Annual administration report of the Civil Veterinary Department of India - 1898-1899
Year: 1898
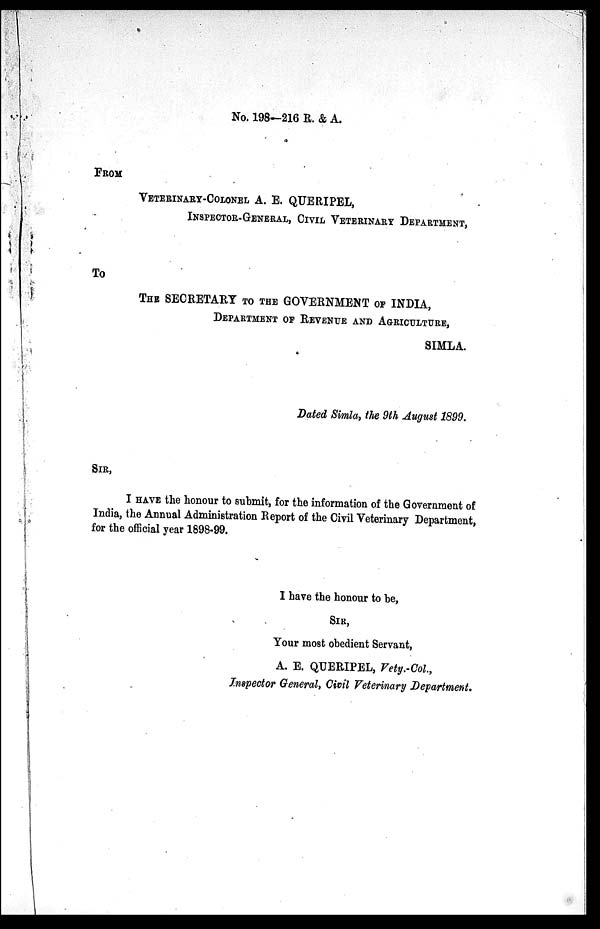
No. 198—216 R. & A.
FROM
VETERINARY-COLONEL A. E. QUERIPEL,
INSPECTOR-GENERAL, CIVIL VETERINARY DEPARTMENT,
To
THE SECRETARY TO THE GOVERNMENT OF INDIA,
DEPARTMENT OF REVENUE AND AGRICULTURE,
SIMLA.
Dated Simla, the 9th August 1899.
Sir,
I HAVE the honour to submit, for the information of the Government of
India, the Annual Administration Report of the Civil Veterinary Department,
for the official year 1898-99.
I have the honour to he,
SIR,
Tour most obedient Servant,
A. E. QUERIPEL, Vety. Col.,
Inspector General, Civil Veterinary Department.